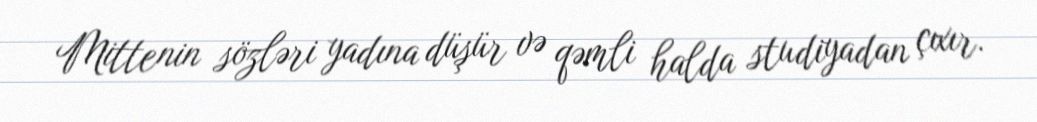
Mittenin sözləri yadına düşür və qəmli halda studiyadan çıxır.